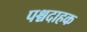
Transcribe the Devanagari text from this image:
पश्चदाहक